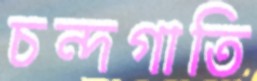
চন্দগাতি